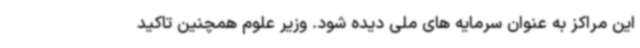
این مراکز به عنوان سرمایه های ملی دیده شود. وزیر علوم همچنین تاکید